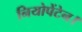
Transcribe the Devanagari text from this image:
नियोपेंटेन।